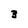
Character: 3